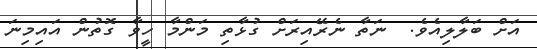
އަށް ބަލާލިއެވެ.  ނަތާ ނެރޭއިރަށް ގުޅާތި މަންމާ ހީވާ ގޮތުން އައިމިނަ